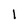
Character: 1